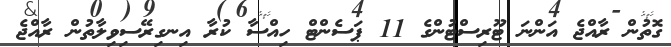
ގޮތުން ރާއްޖެ އަންނަ ޓޫރިސްޓުންގެ 11 ޕަސެންޓް ހިއްސާ ކުރާ އިނގިރޭސިވިލާތުން ރާއްޖެ